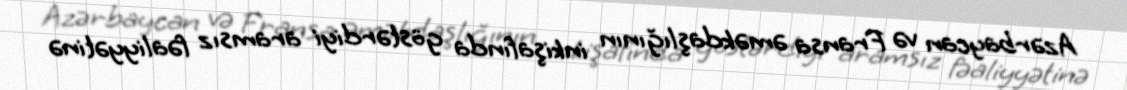
Azərbaycan və Fransa əməkdaşlığının inkişafında göstərdiyi aramsız fəaliyyətinə